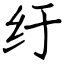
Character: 纡